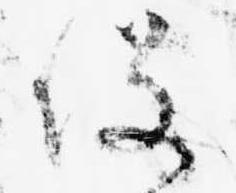
役